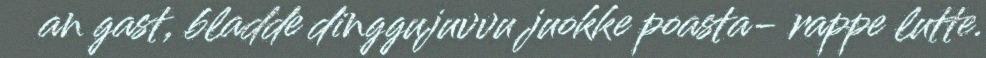
an gast, bladde dinggujuvvu juokke poasta- rappe lutte.